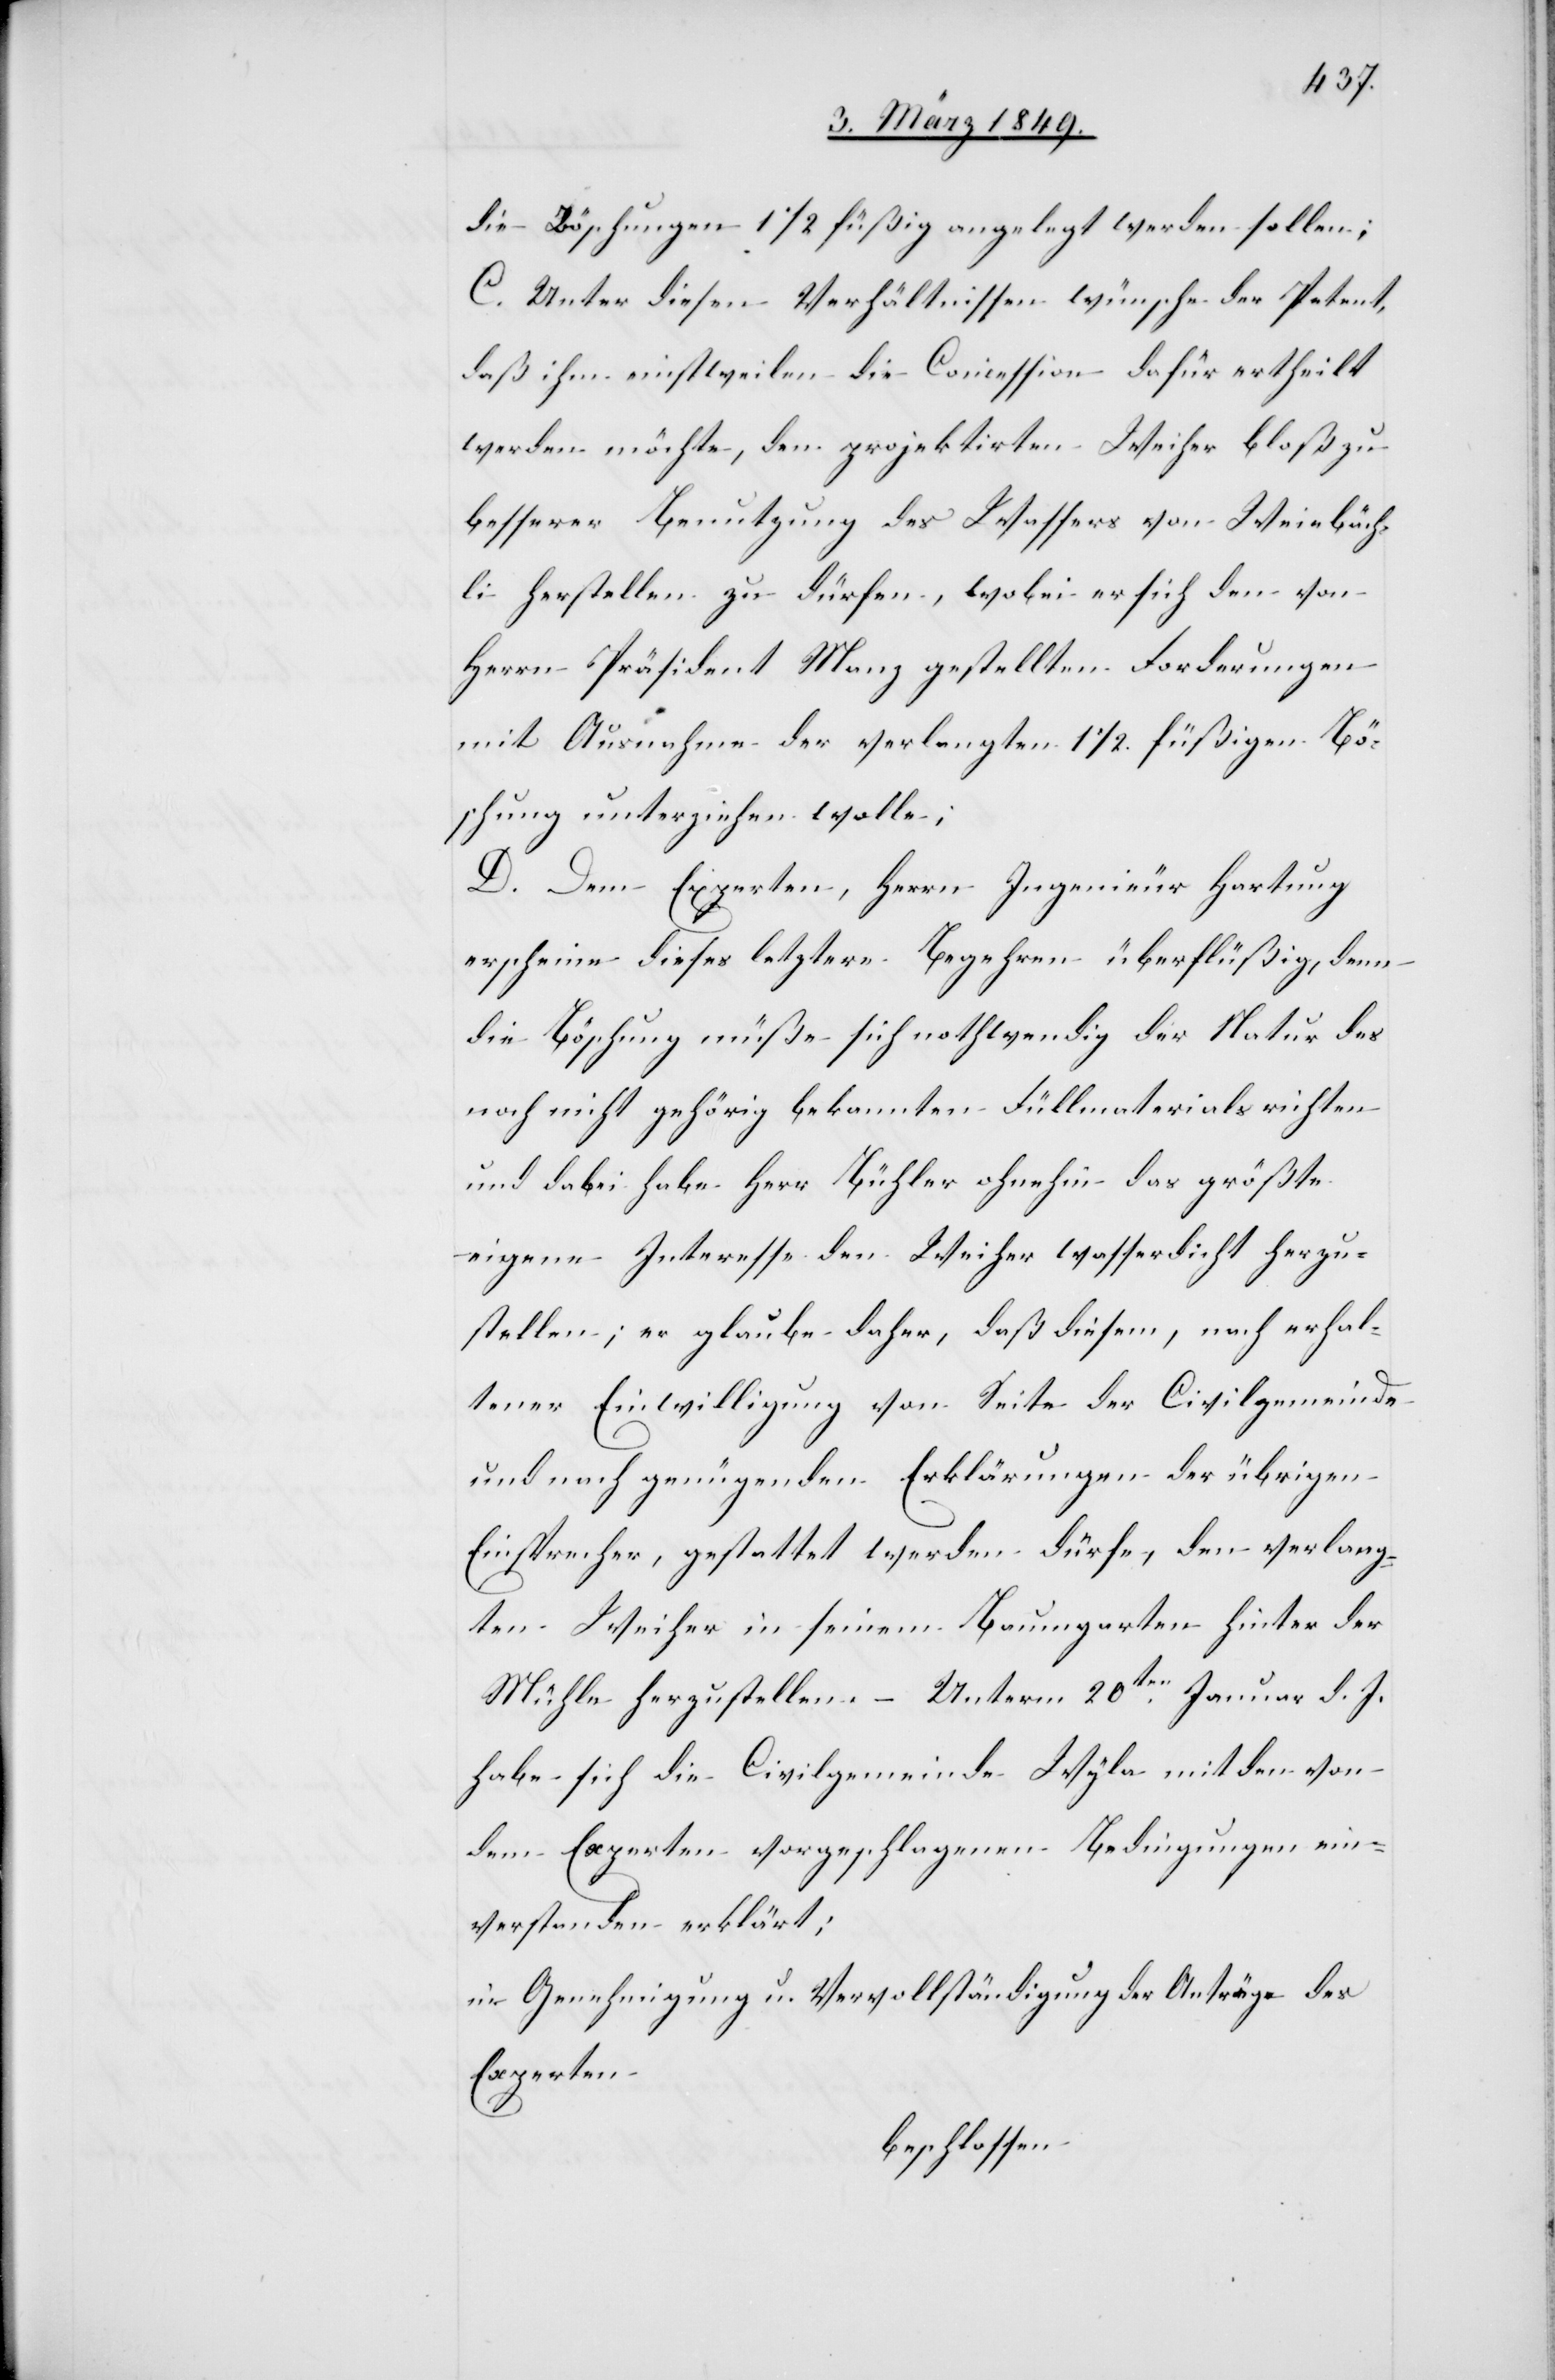
die Böschungen 1 1/2 füßig angelegt werden sollen;
C. Unter diesen Verhältnissen wünsche der Petent,
daß ihm einstweilen die Concession dafür ertheilt
werden möchte, den projektirten Weiher bloß zu
besserer Benutzung des Wassers von [sic!] Weiebäch¬
li herstellen zu dürfen, wobei er sich den von
Herrn Präsident Manz gestellten Forderungen
mit Ausnahme der verlangten 1 1/2. füßigen Bö¬
schung unterziehen wolle;
D. Dem Experten, Herrn Ingenieur Hartung
erscheine dieses letztere Begehren überflüßig, denn
die Böschung müße sich nothwendig der Natur des
noch nicht gehörig bekannten Füllmaterials richten
und dabei habe Herr Bühler ohnehin das größte
eigene Interesse den Weiher wasserdicht herzu¬
stellen; er glaube daher, daß diesem, nach erhal¬
tener Einwilligung von Seite der Civilgemeinde
und nach genügenden Erklärungen der übrigen
Einsprecher, gestattet werden dürfe, den verlang¬
ten Weiher in seinem Baumgarten hinter der
Mühle herzustellen. – Unterm 20ten. Januar d. J.
habe sich die Civilgemeinde Wyla mit den von
dem Experten vorgeschlagenen Bedingungen ein¬
verstanden erklärt;
in Genehmigung u. Vervollständigung der Anträge des
Experten
beschlossen